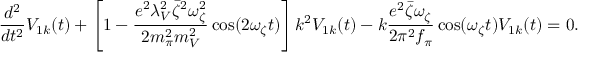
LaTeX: \frac { d ^ { 2 } } { d t ^ { 2 } } V _ { 1 k } ( t ) + \left[ 1 - \frac { e ^ { 2 } \lambda _ { V } ^ { 2 } \bar { \zeta } ^ { 2 } \omega _ { \zeta } ^ { 2 } } { 2 m _ { \pi } ^ { 2 } m _ { V } ^ { 2 } } \cos ( 2 \omega _ { \zeta } t ) \right] k ^ { 2 } V _ { 1 k } ( t ) - k \frac { e ^ { 2 } \bar { \zeta } \omega _ { \zeta } } { 2 \pi ^ { 2 } f _ { \pi } } \cos ( \omega _ { \zeta } t ) V _ { 1 k } ( t ) = 0 .